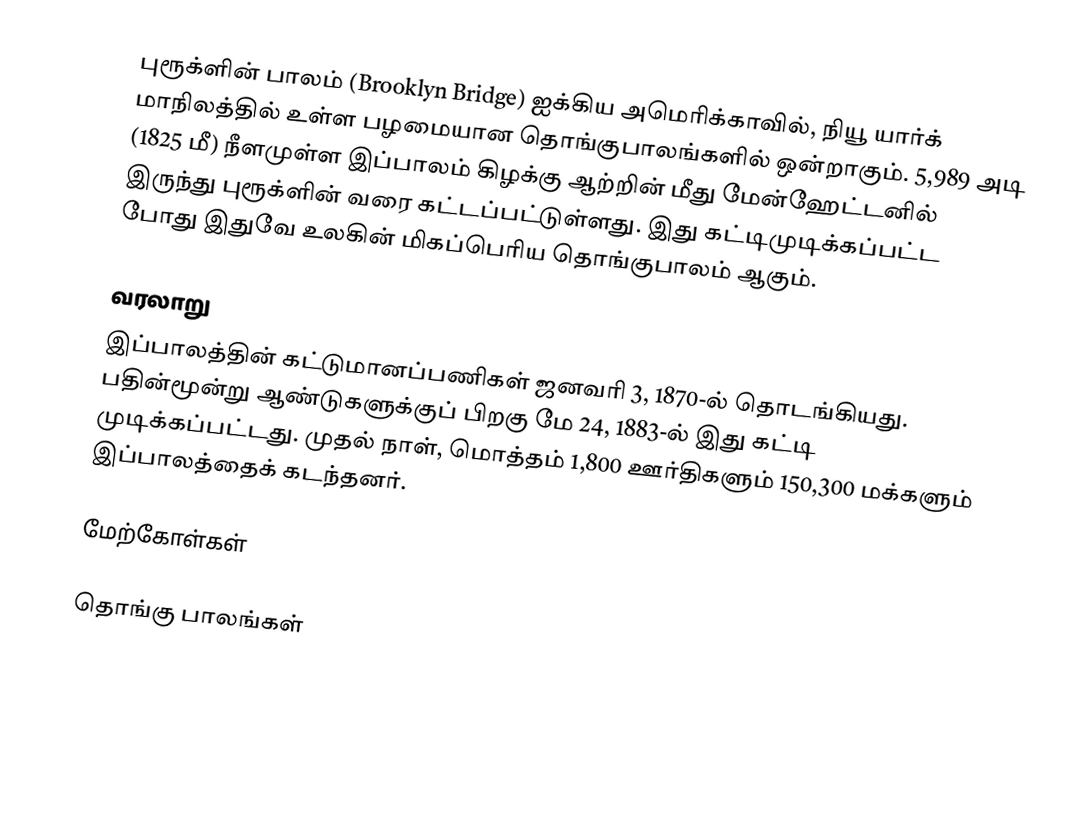
புரூக்ளின் பாலம் (Brooklyn Bridge) ஐக்கிய அமெரிக்காவில், நியூ யார்க் மாநிலத்தில் உள்ள பழமையான தொங்குபாலங்களில் ஒன்றாகும். 5,989 அடி (1825 மீ) நீளமுள்ள இப்பாலம் கிழக்கு ஆற்றின் மீது மேன்ஹேட்டனில் இருந்து புரூக்ளின் வரை கட்டப்பட்டுள்ளது. இது கட்டிமுடிக்கப்பட்ட போது இதுவே உலகின் மிகப்பெரிய தொங்குபாலம் ஆகும்.

வரலாறு
இப்பாலத்தின் கட்டுமானப்பணிகள் ஜனவரி 3, 1870-ல் தொடங்கியது. பதின்மூன்று ஆண்டுகளுக்குப் பிறகு மே 24, 1883-ல் இது கட்டி முடிக்கப்பட்டது. முதல் நாள், மொத்தம் 1,800 ஊர்திகளும் 150,300 மக்களும் இப்பாலத்தைக் கடந்தனர்.

மேற்கோள்கள்

தொங்கு பாலங்கள்